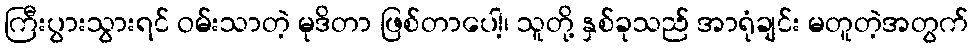
ကြီးပွားသွားရင် ဝမ်းသာတဲ့ မုဒိတာ ဖြစ်တာပေါ့၊ သူတို့ နှစ်ခုသည် အာရုံချင်း မတူတဲ့အတွက်